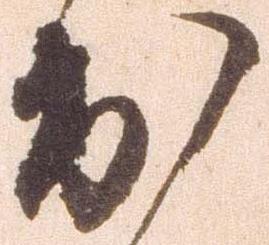
出